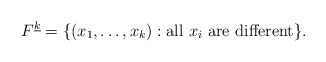
\begin{align*}F^{\underline{k}} = \{(x_1,\dots,x_k) : \mbox{all $x_i$ are different}\}.\end{align*}